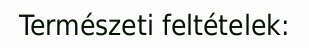
Természeti feltételek: